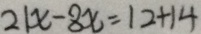
2 1 x - 8 x = 1 2 + 1 4